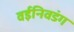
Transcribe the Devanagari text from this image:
वईनिवडंग